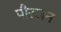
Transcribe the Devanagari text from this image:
पौरजन